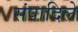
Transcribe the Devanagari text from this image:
संपादिले